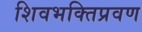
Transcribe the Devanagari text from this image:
शिवभक्तिप्रवण